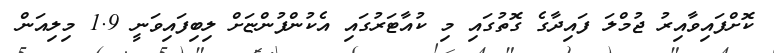
ކޮށްފައިވާއިރު ޖުމްލަ ފައިދާގެ ގޮތުގައި މި ކުއާޓަރުގައި އެކުންފުންޏަށް ލިބިފައިވަނީ 1.9 މިލިއަން